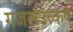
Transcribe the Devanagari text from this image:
गजलउत्कर्ष